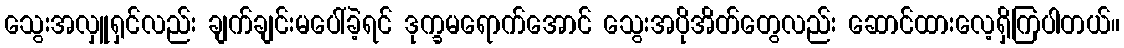
သွေးအလှူရှင်လည်း ချက်ချင်းမပေါ်ခဲ့ရင် ဒုက္ခမရောက်အောင် သွေးအပိုအိတ်တွေလည်း ဆောင်ထားလေ့ရှိကြပါတယ်။